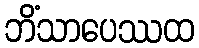
ဘိံသာပေဿထ